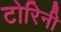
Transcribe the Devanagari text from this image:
टोरिनी